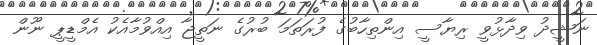
ނަޝީދު ވިދާޅުވީ ރިޔާސީ އިންތިހާބުގެ ފުރަތަމަ ބުރުގެ ނަތީޖާ އިއްވުމާއެކު އެމްޑީޕީ ނޫން